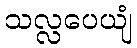
သလ္လပေယျံ